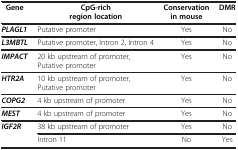
| Gene | CpG-rich region location | Conservation in mouse | DMR |
 | --- | --- | --- | --- |
 | PLAGL1 | Putative promoter | Yes | No |
 | L3MBTL | Putative promoter, Intron 2, Intron 4 | Yes | No |
 | IMPACT | 20 kb upstream of promoter, Putative promoter | Yes | No |
 | HTR2A | 10 kb upstream of promoter, Putative promoter | Yes | No |
 | COPG2 | 4 kb upstream of promoter | Yes | No |
 | MEST | 4 kb upstream of promoter | Yes | No |
 | IGF2R | 38 kb upstream of promoter | Yes | No |
 |  | Intron 11 | No | Yes |